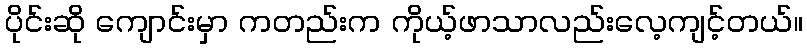
ပိုင်းဆို ကျောင်းမှာ ကတည်းက ကိုယ့်ဖာသာလည်းလေ့ကျင့်တယ်။